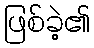
ဖြစ်ခဲ့၏